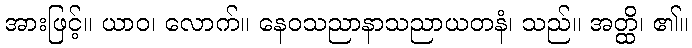
အားဖြင့်။ ယာဝ၊ လောက်။ နေဝသညာနာသညာယတနံ၊ သည်။ အတ္ထိ၊ ၏။